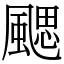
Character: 颸